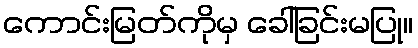
ကောင်းမြတ်ကိုမှ ခေါ်ခြင်းမပြု။